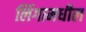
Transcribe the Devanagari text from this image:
लिंगामधील